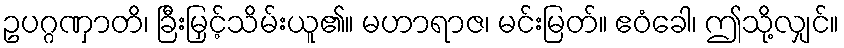
ဥပဂ္ဂဏှာတိ၊ ခြီးမြှင့်သိမ်းယူ၏။ မဟာရာဇ၊ မင်းမြတ်။ ဧဝံခေါ၊ ဤသို့လျှင်။